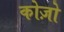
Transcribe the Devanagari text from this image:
कोज़ो